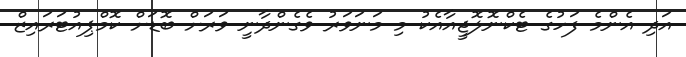
އަދި އެންމެ ފަހުގެ ޓެކްނޮލޮޖީއާއެކު މި މަނަވަރު ވެގެންދާނީ ވަރަށް ބޮޑަށް ކޮމްޕިއުޓަރައިޒް